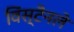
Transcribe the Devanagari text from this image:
विंस्टैनले